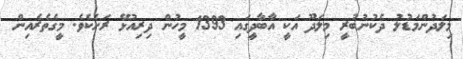
މިލަދުންމަޑުލު ދެކުނުބުރީ މިލަދޫ އަކީ އާބާދީގައި 1393 މީހުން ދިރިއުޅޭ ރަށެކެވެ. މީގެތެރެއިން